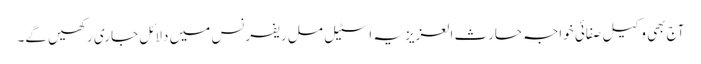
آج بھی وکیل صفائی خواجہ حارث العزیزیہ اسٹیل مل ریفرنس میں دلائل جاری رکھیں گے۔